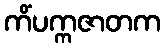
ကိံပက္ကဇာတက